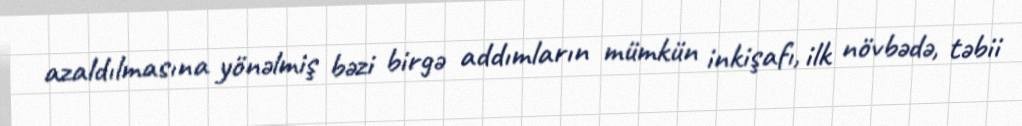
azaldılmasına yönəlmiş bəzi birgə addımların mümkün inkişafı, ilk növbədə, təbii